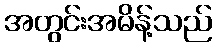
အတွင်းအမိန့်သည်